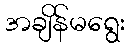
အချိန်မရွေး